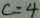
c = 4